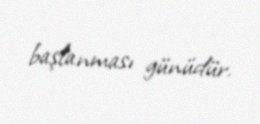
başlanması günüdür.